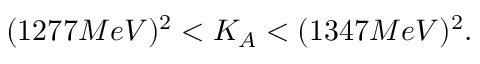
( 1 2 7 7 M e V ) ^ { 2 } < K _ { A } < ( 1 3 4 7 M e V ) ^ { 2 } .